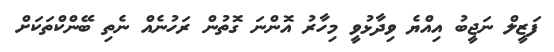
ފަޒީލް ނަޖީބު އިއްޔެ ވިދާޅުވީ މިހާރު އޮންނަ ގޮތުން ރަހުނެއް ނެތި ބޭންކްތަކަށް